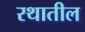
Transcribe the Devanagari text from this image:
रथातील